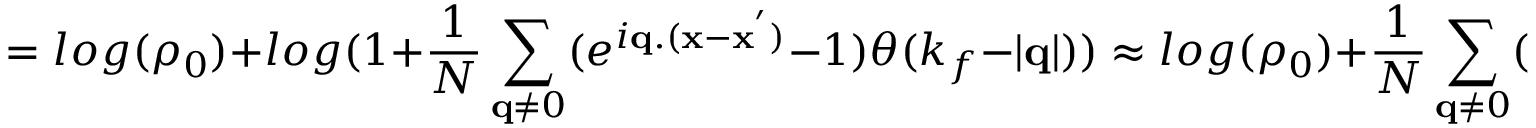
= l o g ( \rho _ { 0 } ) + l o g ( 1 + \frac { 1 } { N } \sum _ { { \bf { q } } \neq 0 } ( e ^ { i { \bf { q } } . ( { \bf { x } } - { \bf { x } } ^ { ' } ) } - 1 ) \theta ( k _ { f } - | { \bf { q } } | ) ) \approx l o g ( \rho _ { 0 } ) + \frac { 1 } { N } \sum _ { { \bf { q } } \neq 0 } ( e ^ { i { \bf { q } } . ( { \bf { x } } - { \bf { x } } ^ { ' } ) } - 1 ) \theta ( k _ { f } - | { \bf { q } } | )